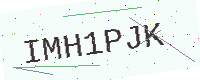
Text: IMH1PJK